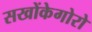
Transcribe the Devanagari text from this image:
सखोंकेगोरो